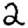
Digit: 2